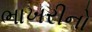
ભાખરીનો